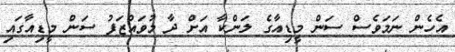
އެހެން ނަމަވެސް ސަން މީޑިއާގެ ލަންކާ އަށް ދާ މުވައްޒަފު ސަން މީޑިއާގައި